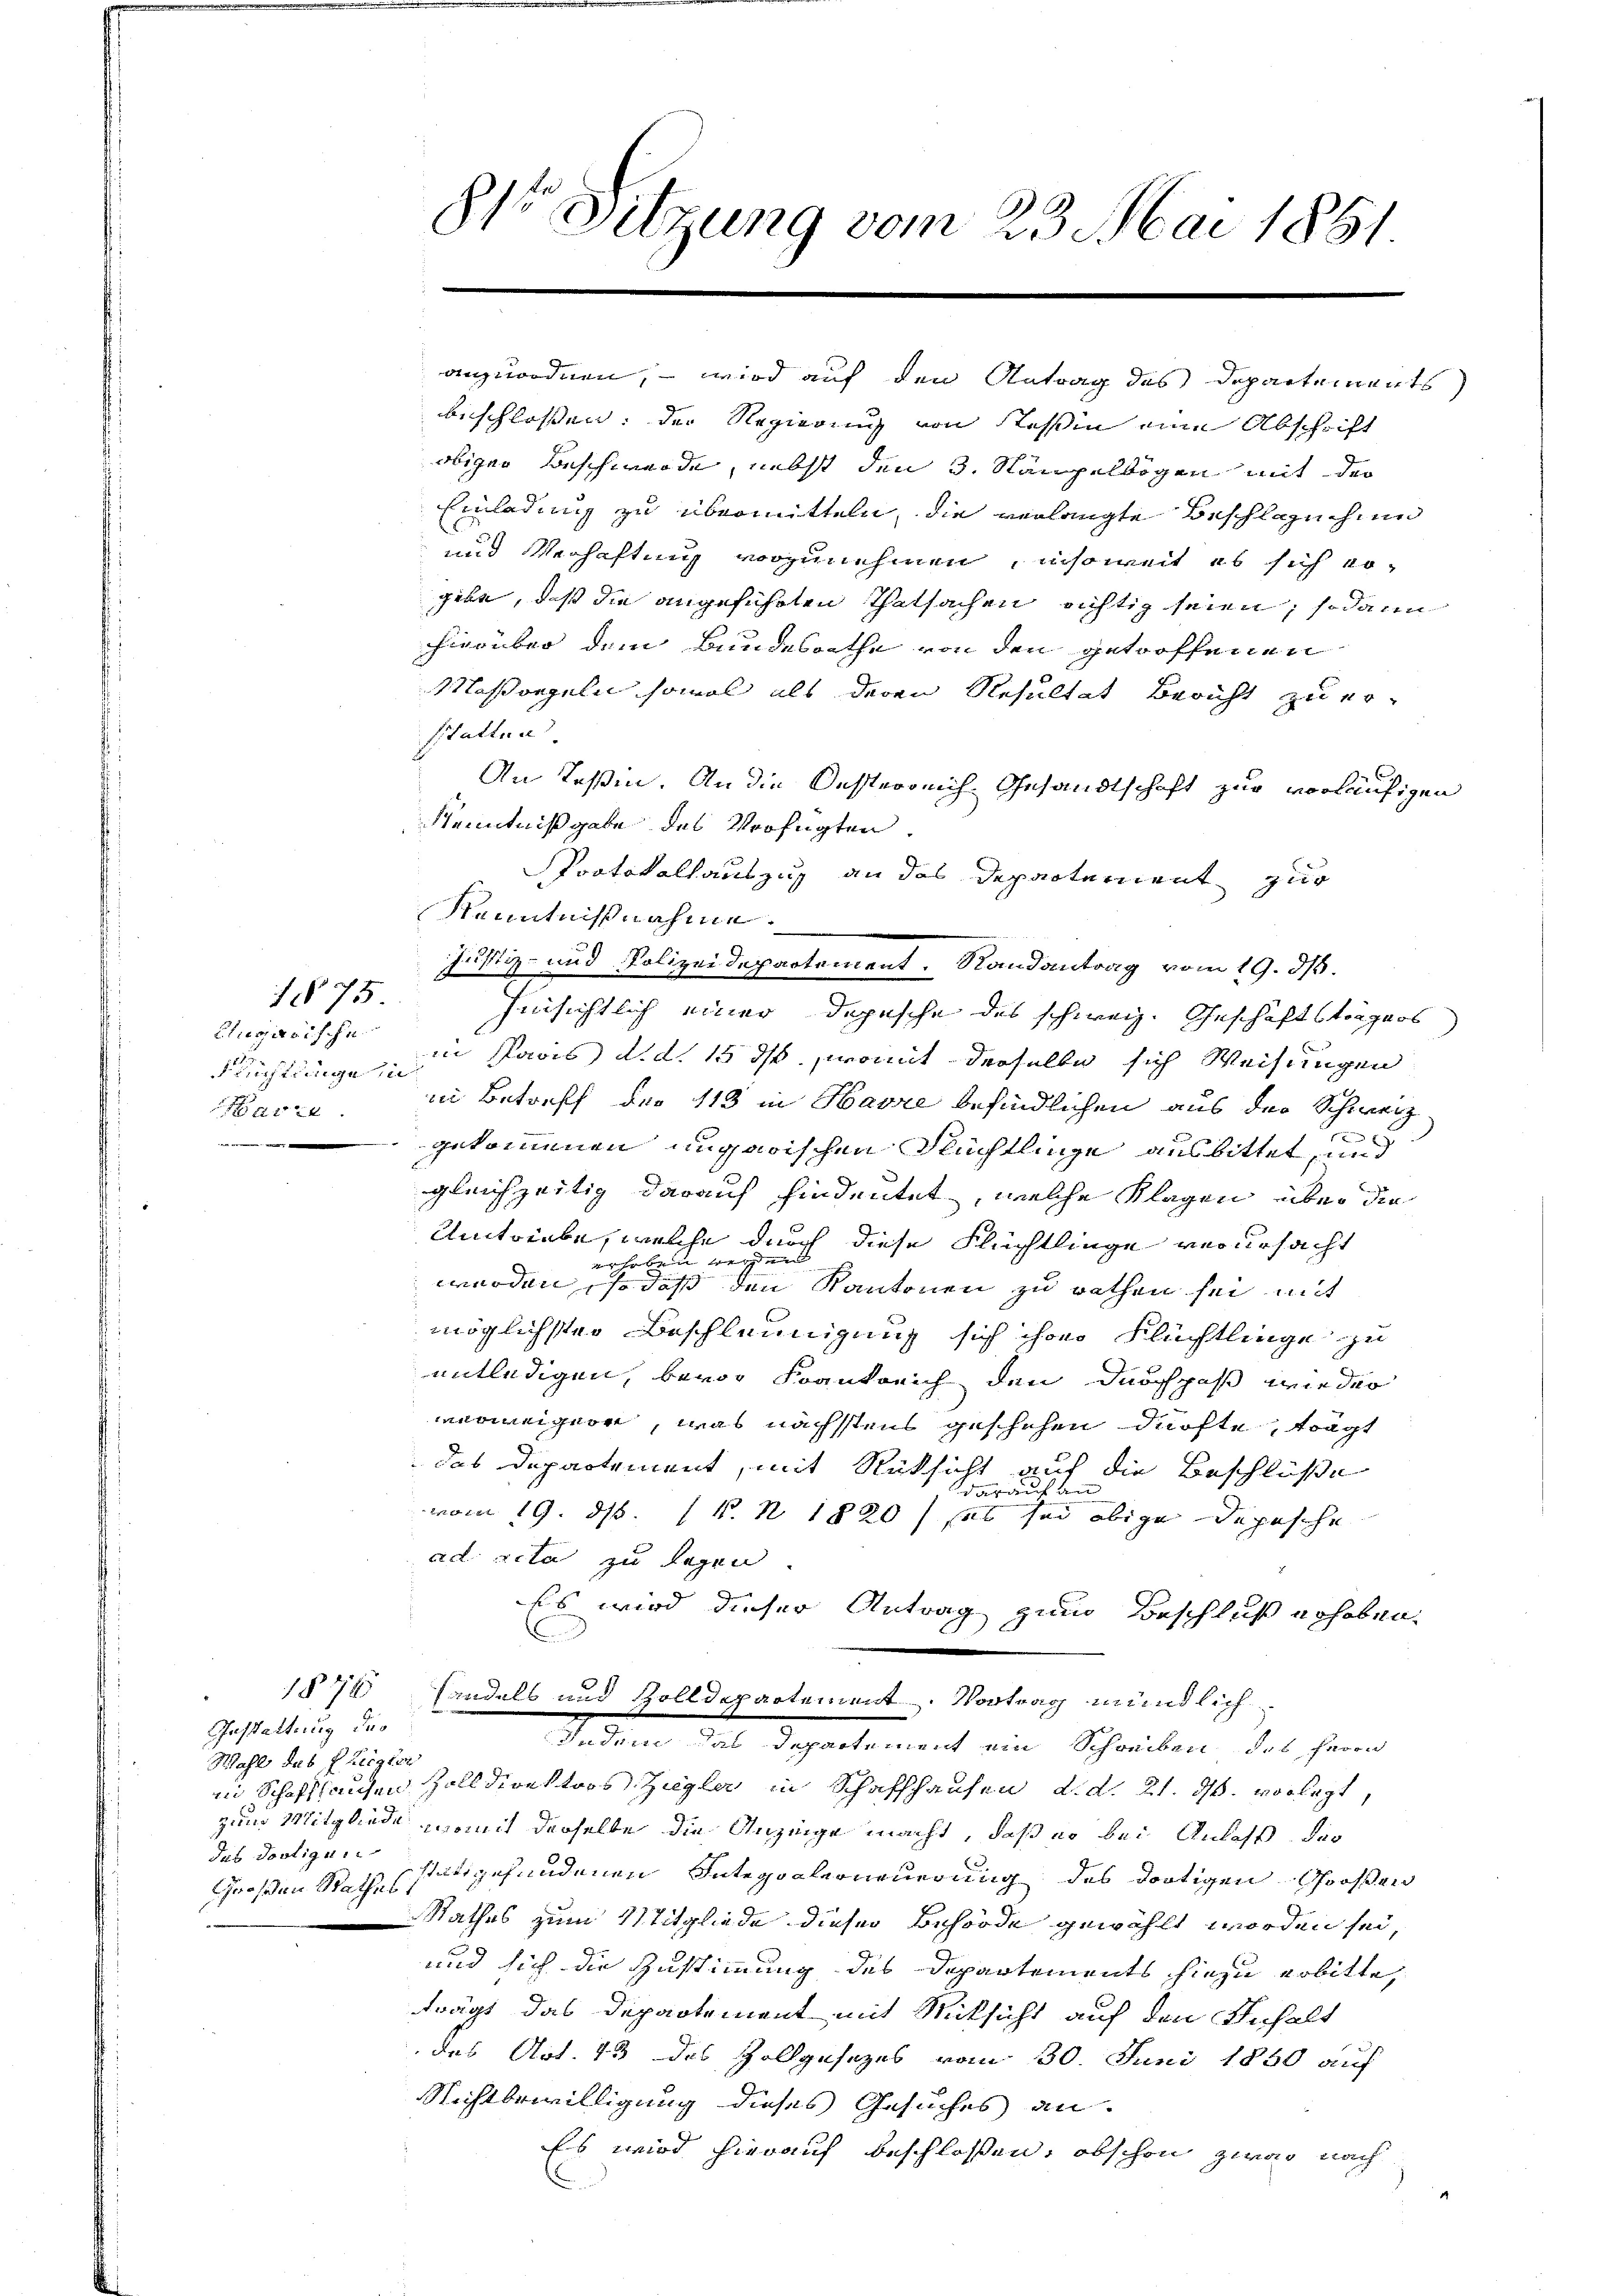
Augarische
Richtlinge in
2

1875.

Gasstattung des
Mahl das fleister
Großen Rathes,

.
b
d. Sitzung vom 23. Mai 1851.
.

beschlossen: der Regierung von Tessin eine Abschrift
obiger Beschwerde, nebst den 3. Stämpelbogen mit der
Einladung zu übermitteln, die verlangte Beschlaguchun
und Verhaftung vorzunehmen, insoweit es sich vo
gebe, daß die angeführten Thatsachen richtig seien; sodann
hierüber dem Bundesrathe von den getroffenen
Massregeln somal als deren Resultat Bericht zu er¬
Statten.
An Teßin. An die Oesterreich Gesandtschaft zur vorläufigen
Kenntnißgabe des Verfügten
Protokoll auszug an das Departement zur
Kenntnißnahme.
Justiz- und Polizeidepartement. Randantrag vom 19. ds.
hinsichtlich einer Depesche des schweiz. Geschäftsträgers
 Pavis d. d. 15 ds, womit derselbe sich Weisungen
in Betreff der 113 in Harze befindlichen aus der Schweiz.
gekommenen ungarischen Flüchtlinge ausbittet, und
gleichzeitig darauf hindeutet, welche Klagen über die
Umtriebe, welche durch diese Flüchtlinge verursacht
erheben werden
werden, so daß den Kantonen zu rathen sei, mit
möglichster Beschleunigung sich ihrer Flüchtlinge zu
entledigen, bevor Krankreich den durchpaß wieder
einiger, was nächstens geschehen dürfte, tragt
das Departement, mit Rücksicht auf die Beschlüße
darauf an
vom 19. ds. v. N 1820) hat sei obige Depesche
ad acta zu legen.
Es wird dieser Antrag zum Beschluß erhoben.
1874 findels und Zolldepartement. Vortrag mündlich
Indem das Departement ein Schreiben, das Herrn
in Schaffhausen Zolldirektors Zugler in Schaffhausen, d. d. 21. ds. vorlegt,
zum Mitgliede, womit derselbe die Anzeige macht, daß er bei Anlass. Das
des dortige Mittgefundenen Integralerneuerung des dortigen Grossen
Rathes zum Mitgliede dieser Behörde gewählt worden sei,
und sich die Zustimmung des Departements hiezu erbitte,
trägt das Departement mit Rücksicht auf den Inhalt
des Art. 43 des Zollgesetzes vom 30. Juni 1850 auf
Stichtbewilligung dieses Gesuches an.
Es wird hierauf beschlossen, obschon zwar nach
.

anzuordnen, – wird auf den Antrag des Departements